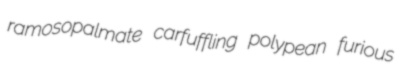
ramosopalmate carfuffling polypean furious